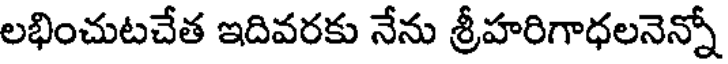
లభించుటచేత ఇదివరకు నేను శ్రీహరిగాధలనెన్నో